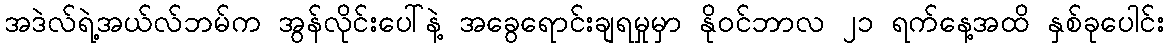
အဒဲလ်ရဲ့အယ်လ်ဘမ်က အွန်လိုင်းပေါ်နဲ့ အခွေရောင်းချရမှုမှာ နိုဝင်ဘာလ ၂၁ ရက်နေ့အထိ နှစ်ခုပေါင်း